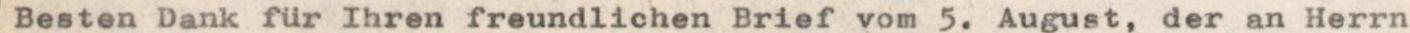
Besten Dank für Ihren freundlichen Brief vom 5. August, der an Herrn